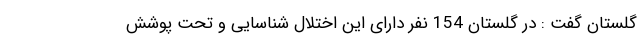
گلستان گفت : در گلستان 154 نفر دارای این اختلال شناسایی و تحت پوشش